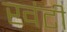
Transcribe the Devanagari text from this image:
खंटी